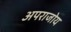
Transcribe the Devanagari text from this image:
अपराजोय